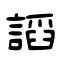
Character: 謟